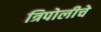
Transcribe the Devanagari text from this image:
त्रिपोलीचे